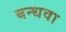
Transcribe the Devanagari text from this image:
बन्धवा